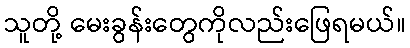
သူတို့ မေးခွန်းတွေကိုလည်းဖြေရမယ်။